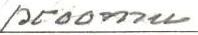
proomu